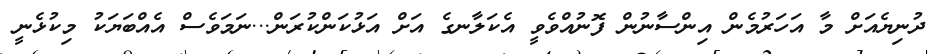
ދުނިޔެއަށް މާ އަހަރުމެން އިންސާނުން ފޮނުއްވެވީ އެކަލާނގެ އަށް އަޅުކަންކުރަން...ނަމަވެސް އެއްބަޔަކު މިކުޅެނީ